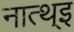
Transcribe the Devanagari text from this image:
नात्थ्इ